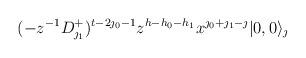
LaTeX: \begin{align*}(-z^{-1}D^+_{\jmath_1})^{t-2\jmath_0-1}z^{h-h_0-h_1}x^{\jmath_0+\jmath_1-\jmath} |0,0\rangle_{\jmath}\end{align*}